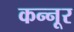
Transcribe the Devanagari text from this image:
कन्‍नूर